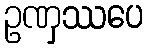
ဥဏှဿပေ